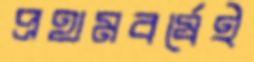
প্রথমবর্ষেই